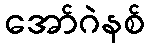
အော်ဂဲနစ်